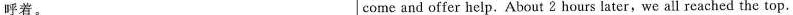
呼着。 come and offer help.About 2 hours later, we all reached the top.